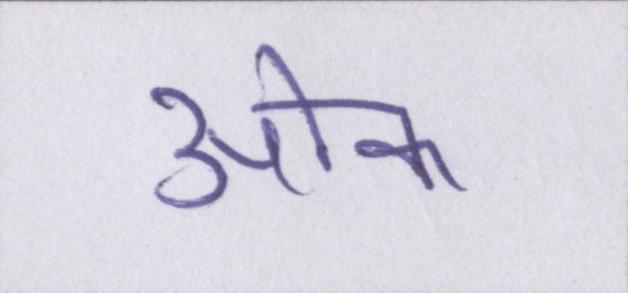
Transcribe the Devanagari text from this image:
ओक